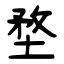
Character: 堥